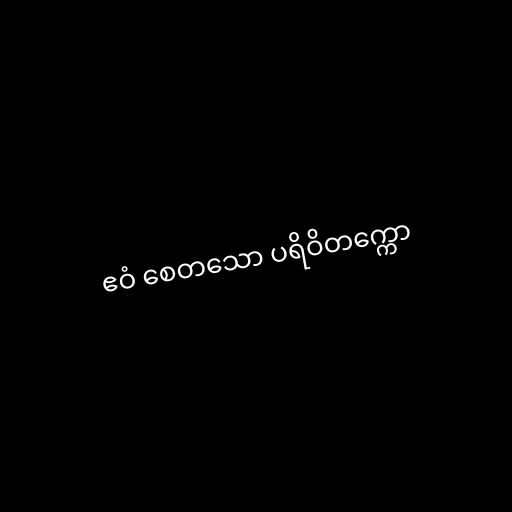
ဧဝံ စေတသော ပရိဝိတက္ကော